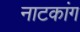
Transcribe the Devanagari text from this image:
नाटकांग